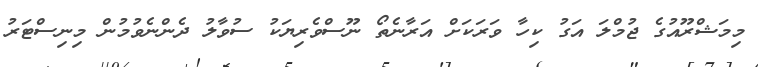
މިމަޝްރޫއުގެ ޖުމްލަ އަގު ކިހާ ވަރަކަށް އަރާނެތޯ ނޫސްވެރިޔަކު ސުވާލު ދެންނެވުމުން މިނިސްޓަރު